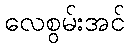
လေစွမ်းအင်